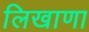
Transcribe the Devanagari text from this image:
लिखाणा